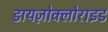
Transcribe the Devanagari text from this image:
डायज़ोक्लोराइड